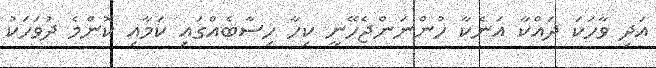
އަދި ވާހަކަ ދައްކާ އަނެކާ ހުންނަންޖެހޭނީ ކިހާ ހިސާބެއްގައި ކަމާއި ކޮންމެ ދުވަހަކު